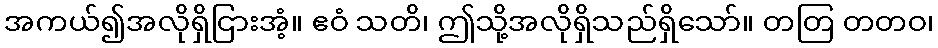
အကယ်၍အလိုရှိငြားအံ့။ ဧဝံ သတိ၊ ဤသို့အလိုရှိသည်ရှိသော်။ တတြ တတဝ၊